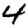
Digit: 4